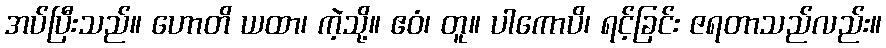
အပ်ပြီးသည်။ ဟောတိ ယထာ၊ ကဲ့သို့။ ဧဝံ၊ တူ။ ပါကောပိ၊ ရင့်ခြင်း ဇရတာသည်လည်း။